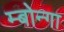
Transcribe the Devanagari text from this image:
म्बोन्गा